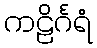
ကဠိင်္ဂရံ